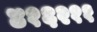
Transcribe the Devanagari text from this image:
४१६२११